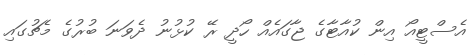
އެސްޓީއޯ އިން ކުއާޓާގެ ޖާގައެއް ހޯދީ ރޭ ކުޅުނު ދެވަނަ ބުރުގެ މެޗުގައި